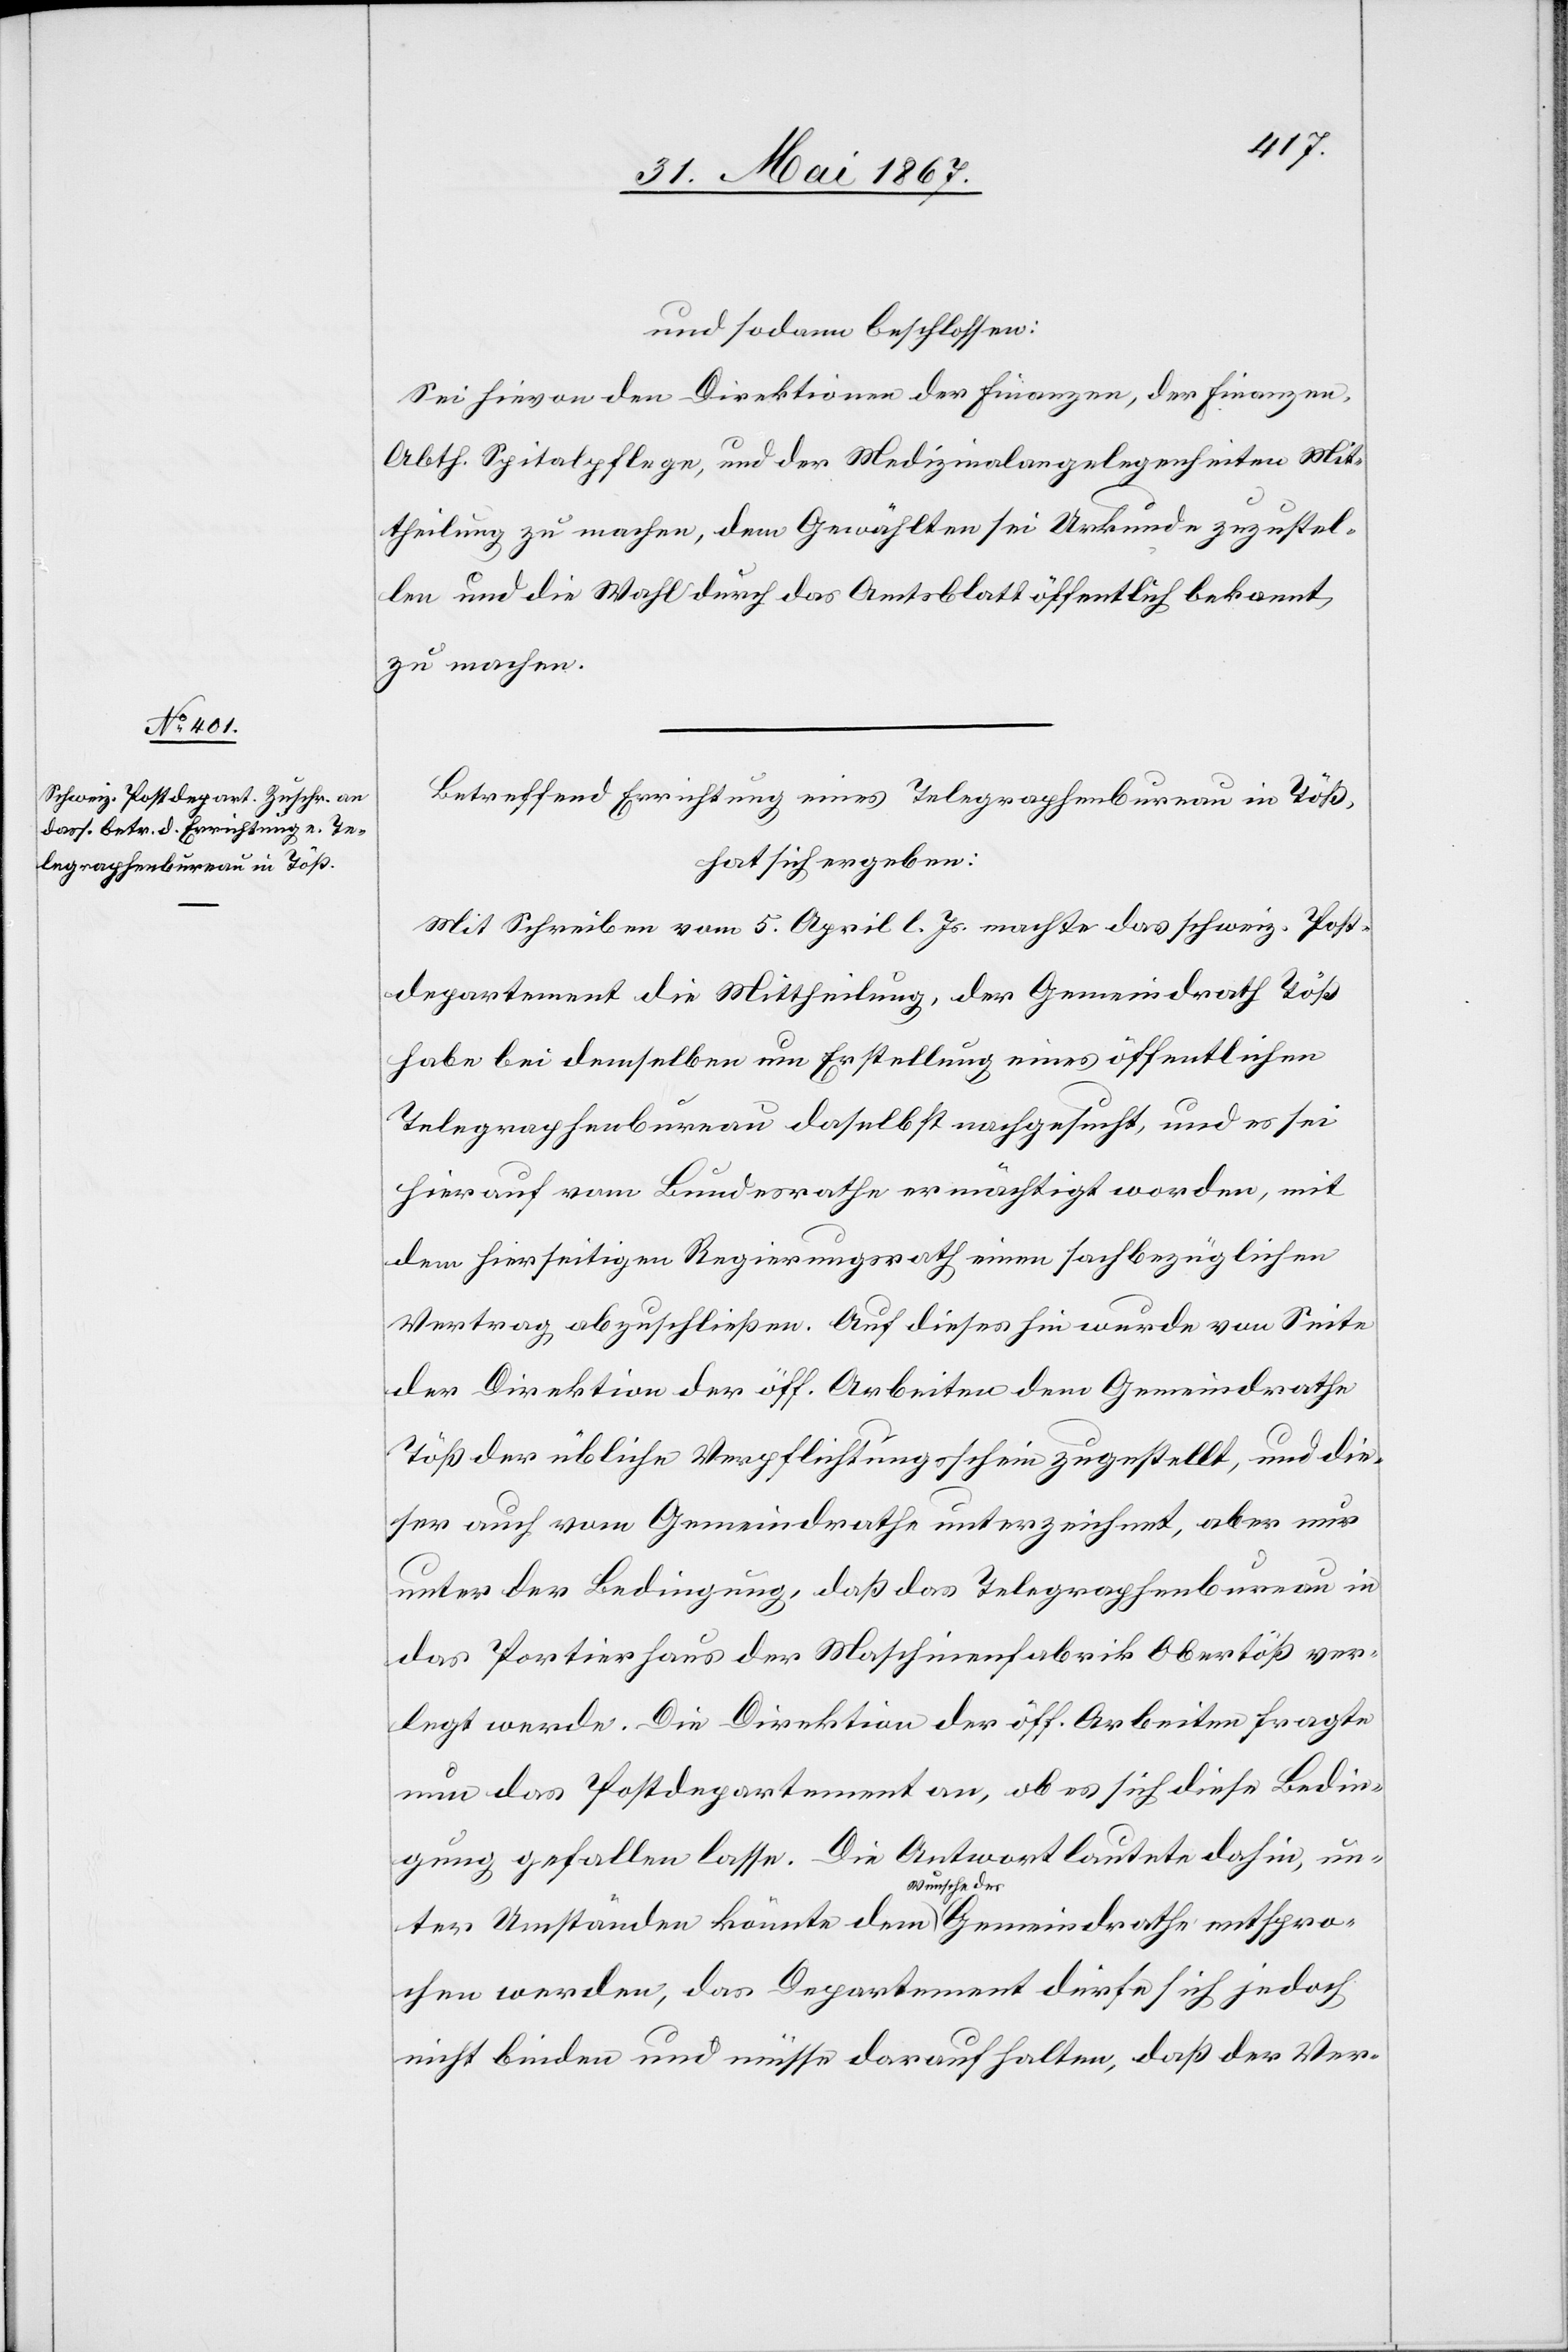
und sodann beschlossen:
Sei hievon den Direktionen der Finanzen, der Finanzen
Abth. Spitalpflege, und der Medizinalangelegenheiten Mit¬
theilung zu machen, dem Gewählten sei Urkunde zuzustel¬
len und die Wahl durch das Amtsblatt öffentlich bekannt
zu machen.
Betreffend Errichtung eines Telegraphenbureau in Töß,
hat sich ergeben:
Mit Schreiben vom 5. April l. Js. machte das schweiz. Post¬
departement die Mittheilung, der Gemeindrath Töß
habe bei demselben um Erstellung eines öffentlichen
Telegraphenbureau daselbst nachgesucht, und es sei
hierauf vom Bundesrathe ermöglicht worden, mit
dem hierseitigen Regierungsrath einen sachbezüglichen
Vertrag abzuschließen. Auf dieses hin wurde von Seite
der Direktion der öff. Arbeiten dem Gemeindrath
Töß der übliche Verpflichtungsschein zugestellt, und die¬
ser auch vom Gemeindrathe unterzeichnet, aber nur
unter der Bedingung, daß das Telegraphenbureau in
das Portierhaus der Maschinenfabrik Obertöß ver¬
legt werde. Die Direktion der öff. Arbeiten fragte
nun das Postdepartement an, ob es sich diese Bedin¬
gung gefallen lasse. Die Antwort lautete dahin, un¬
ter Umständen könnte dem Wunsch des Gemeindrathes entspro¬
chen werden, das Departement dürfe sich jedoch
nicht binden und müsse darauf halten, daß der Ver-